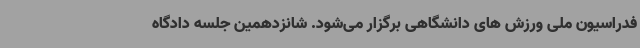
فدراسیون ملی ورزش های دانشگاهی برگزار می‌شود. شانزدهمین جلسه دادگاه